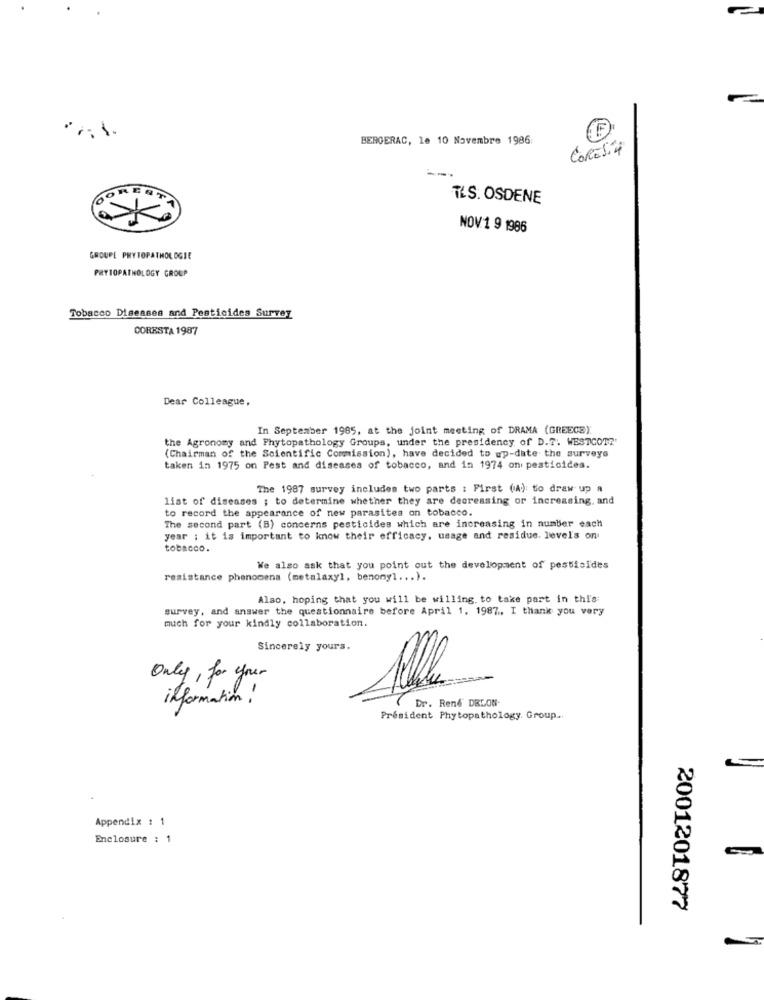
BERGERAC, le 10 Novembre 1986:
CORES 4
TLS. OSDENE
NOV1 9 1986
GROUPE PHYTOPATHOLOGIE
PAYIOPATHOLOGY GROUP
Tobacco Diseases and Pesticides Survey
CORESTA 1987
Dear Colleague,
In September 1985, at the joint meeting of DRAMA (GREECE).
the Agronomy and Phytopathology Groups, under the presidency of D .?. WESTCOTE'
(Chairman of the Scientific Commission), have decided to up-date the surveys
taken in 1975 on Pest and diseases of tobacco, and in 1974 on pesticides.
The 1987 survey includes two parts : First (A): to draw up a
list of diseases ; to determine whether they are decreasing or increasing, and
to record the appearance of new parasites on tobacco.
The second part (B) concerns pesticides which are increasing in number each
year : it is important to know their efficacy. usage and residue. levels on
tobacco.
We also ask that you point out the development of pestiaides
resistance phenomena (metalaxyl, benonyl ... ).
Also, hoping that you will be willing. to take part in this:
survey, and answer the questionnaire before April 1. 1987. I thank you very
much for your kindly collaboration.
Sincerely yours.
Only, for your
information !
(Dr. Rend' DRLOW-
President Phytopathology. Group ..
Appendix : 1
Enclosure : 1
2001201877